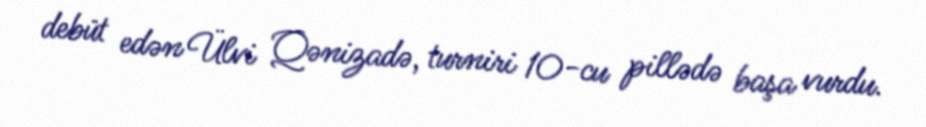
debüt edən Ülvi Qənizadə, turniri 10-cu pillədə başa vurdu.